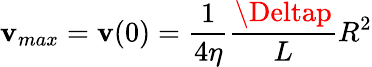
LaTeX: \mathbf{v}_{max}=\mathbf{v}(0)=\frac{{1}}{{4\eta}}\frac{{\Deltap}}{{L}}R^{2}